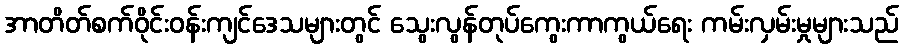
အာတိတ်စက်ဝိုင်းဝန်းကျင်ဒေသများတွင် သွေးလွန်တုပ်ကွေးကာကွယ်ရေး ကမ်းလှမ်းမှုများသည်